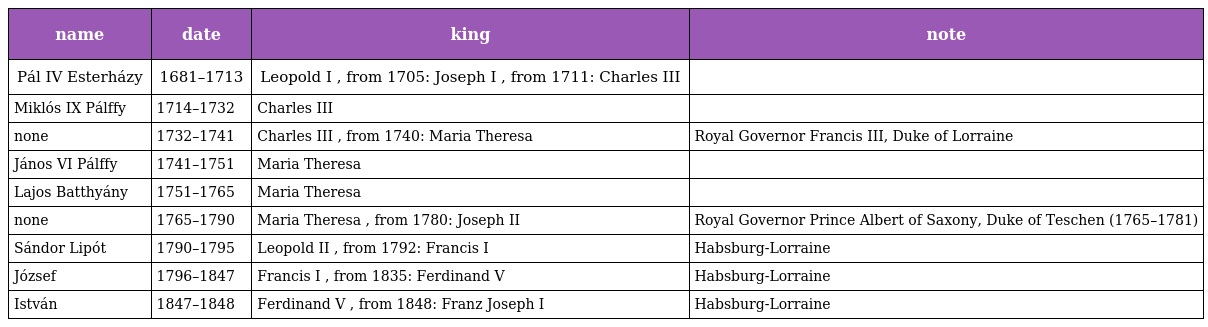
| name | date | king | note |
 | --- | --- | --- | --- |
 | Pál IV Esterházy | 1681–1713 | Leopold I , from 1705: Joseph I , from 1711: Charles III |  |
 | Miklós IX Pálffy | 1714–1732 | Charles III |  |
 | none | 1732–1741 | Charles III , from 1740: Maria Theresa | Royal Governor Francis III, Duke of Lorraine |
 | János VI Pálffy | 1741–1751 | Maria Theresa |  |
 | Lajos Batthyány | 1751–1765 | Maria Theresa |  |
 | none | 1765–1790 | Maria Theresa , from 1780: Joseph II | Royal Governor Prince Albert of Saxony, Duke of Teschen (1765–1781) |
 | Sándor Lipót | 1790–1795 | Leopold II , from 1792: Francis I | Habsburg-Lorraine |
 | József | 1796–1847 | Francis I , from 1835: Ferdinand V | Habsburg-Lorraine |
 | István | 1847–1848 | Ferdinand V , from 1848: Franz Joseph I | Habsburg-Lorraine |